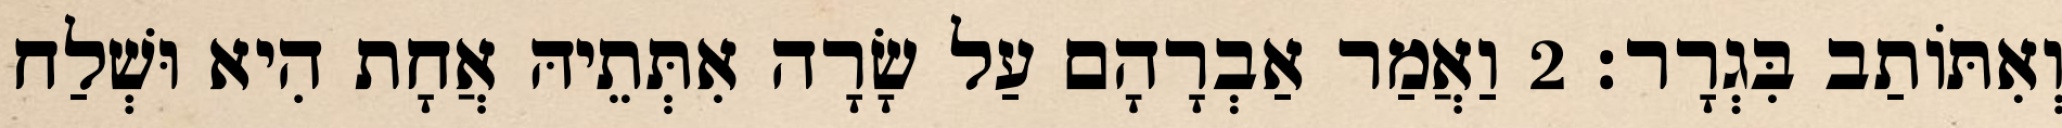
וְאִתּוֹתַב בִּגְרָר׃ 2 וַאֲמַר אַבְרָהָם עַל שָׂרָה אִתְּתֵיהּ אֲחָת הִיא וּשְׁלַח